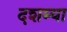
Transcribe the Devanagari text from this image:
दशम्या